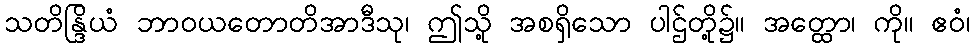
သတိန္ဒြိယံ ဘာဝယတောတိအာဒီသု၊ ဤသို့ အစရှိသော ပါဌ်တို့၌။ အတ္ထော၊ ကို။ ဧဝံ၊